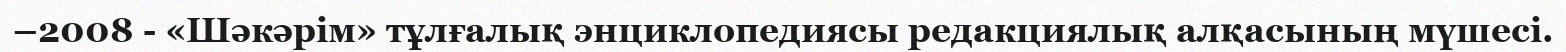
–2008 - «Шәкәрім» тұлғалық энциклопедиясы редакциялық алқасының мүшесі.